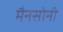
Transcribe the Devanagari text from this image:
मैनसोनी